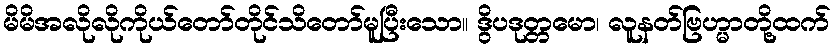
မိမိအလိုလိုကိုယ်တော်တိုင်သိတော်မူပြီးသော။ ဒွိပဒုတ္တမော၊ လူနတ်ဗြဟ္မာတို့ထက်